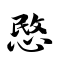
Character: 愍